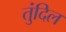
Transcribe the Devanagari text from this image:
तुंदिल